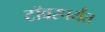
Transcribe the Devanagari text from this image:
टॉवरपर्यंत